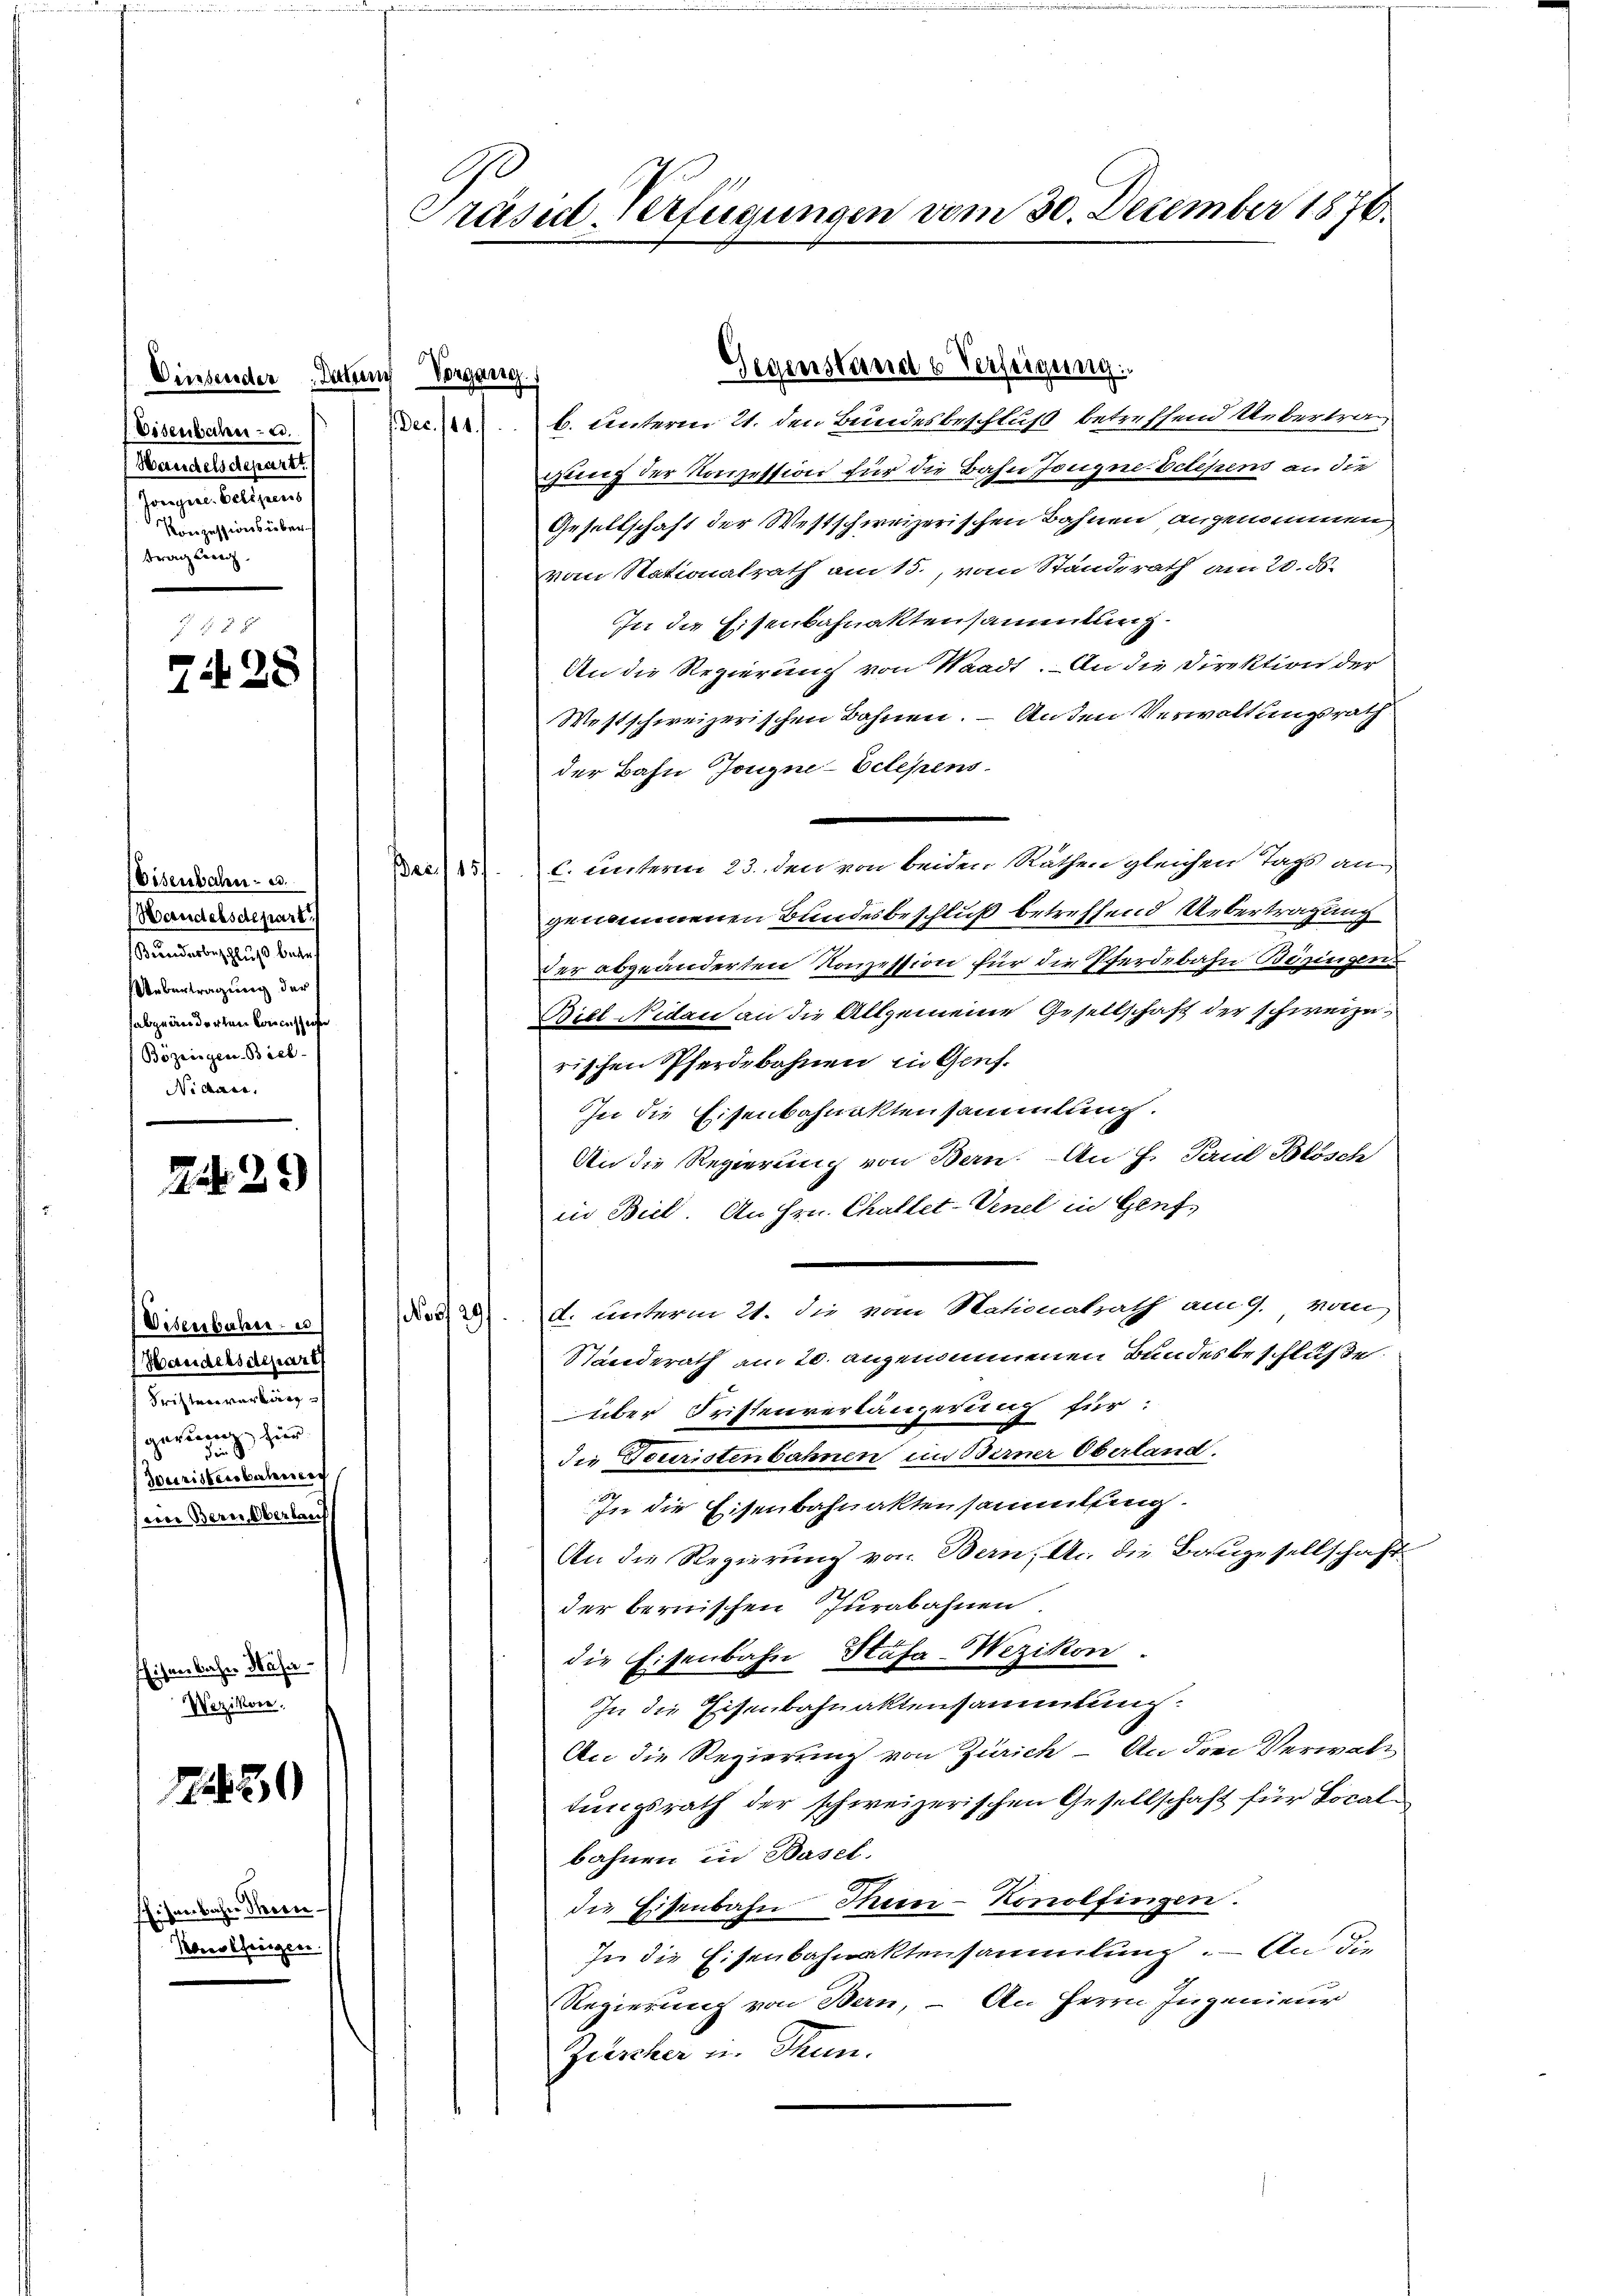
Diese
Diserisc
Ael.
egeel
wer zu
wed

2

Disenba
Bunder
Uebertraaquiren
Bözensg
Nid

2

Vibens
Versich
Fristra
gerung
Jurist
wer

ihnen der
We

1

a
Konolfingen.

Präsiderfügungen vom 30. December 1870

No.

Geere
b. unterm 21. den Bundesbeschluß betreffend Uebertrag
gung der Konzession für die Bahn Jougne-Eclepens an die
Gesellschaft der Westschweizerischen Bahnen angenommen
vom Stationalrath am 15., vom Standerath am 20. ds.
In die Eisenbahnaktensammlung
An die Regierung von Waadt. An die Direktion der
Westschweizerischen Bahnen. — Anden Verwaltungsrath
der Bahn Jougne-Eclepens
C. unterm 23. den von beiden Räthen gleichen Tags am
genommenen Bundesbeschluß betreffend Uebertragung
der abgeänderten Konzession für die Pferdebahn Bezingen
Biel Nidau an die Allgemeine Gesellschaft der schweizerischen Pferdebahnen in Genf.
In die Eisenbahnaktensammlung.
An die Regierung von Bern. An H. Paul Blösch
in Biel. An Hrn. Challet-Venel in Genf,
d. unterm 21. die vom Nationalrath am 9. vom
29
Standerath am 20. angenommenen Bundesbeschluße
über Fristenverlängerung für
die Fouristenbahnen in Berner Oberland.
In die Eisenbahnaktensammlung.
An die Regierung von Bern, An die Baugesellschaft
der bernischen Jurabahnen.
die Eisenbahn, Hafa-Wezikon.
In die Eisenbahnaktensammlung.
An die Regierung von Zürich – An drei Verwalt
tungsrath der schweizerischen Gesellschaft für Localbahnen in Basel.
die Eisenbahn Thun-Konolfingen.
In die Eisenbahnaktensammlung. — An die
Regierung von Bern, – An Herrn Ingenieur
Zuscher u. Thun.

Gegenstand Verfeigung.